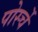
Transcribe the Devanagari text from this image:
पोर्स्चे